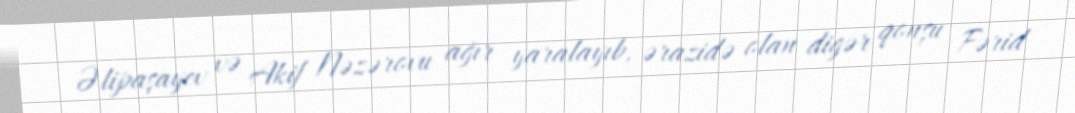
Əlipaşayev və Akif Nəzərovu ağır yaralayıb, ərazidə olan digər qonşu Fərid